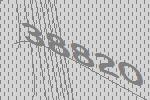
38820